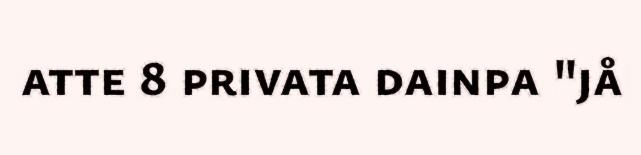
atte 8 privata dainpa "jå